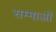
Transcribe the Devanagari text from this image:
सम्माओं